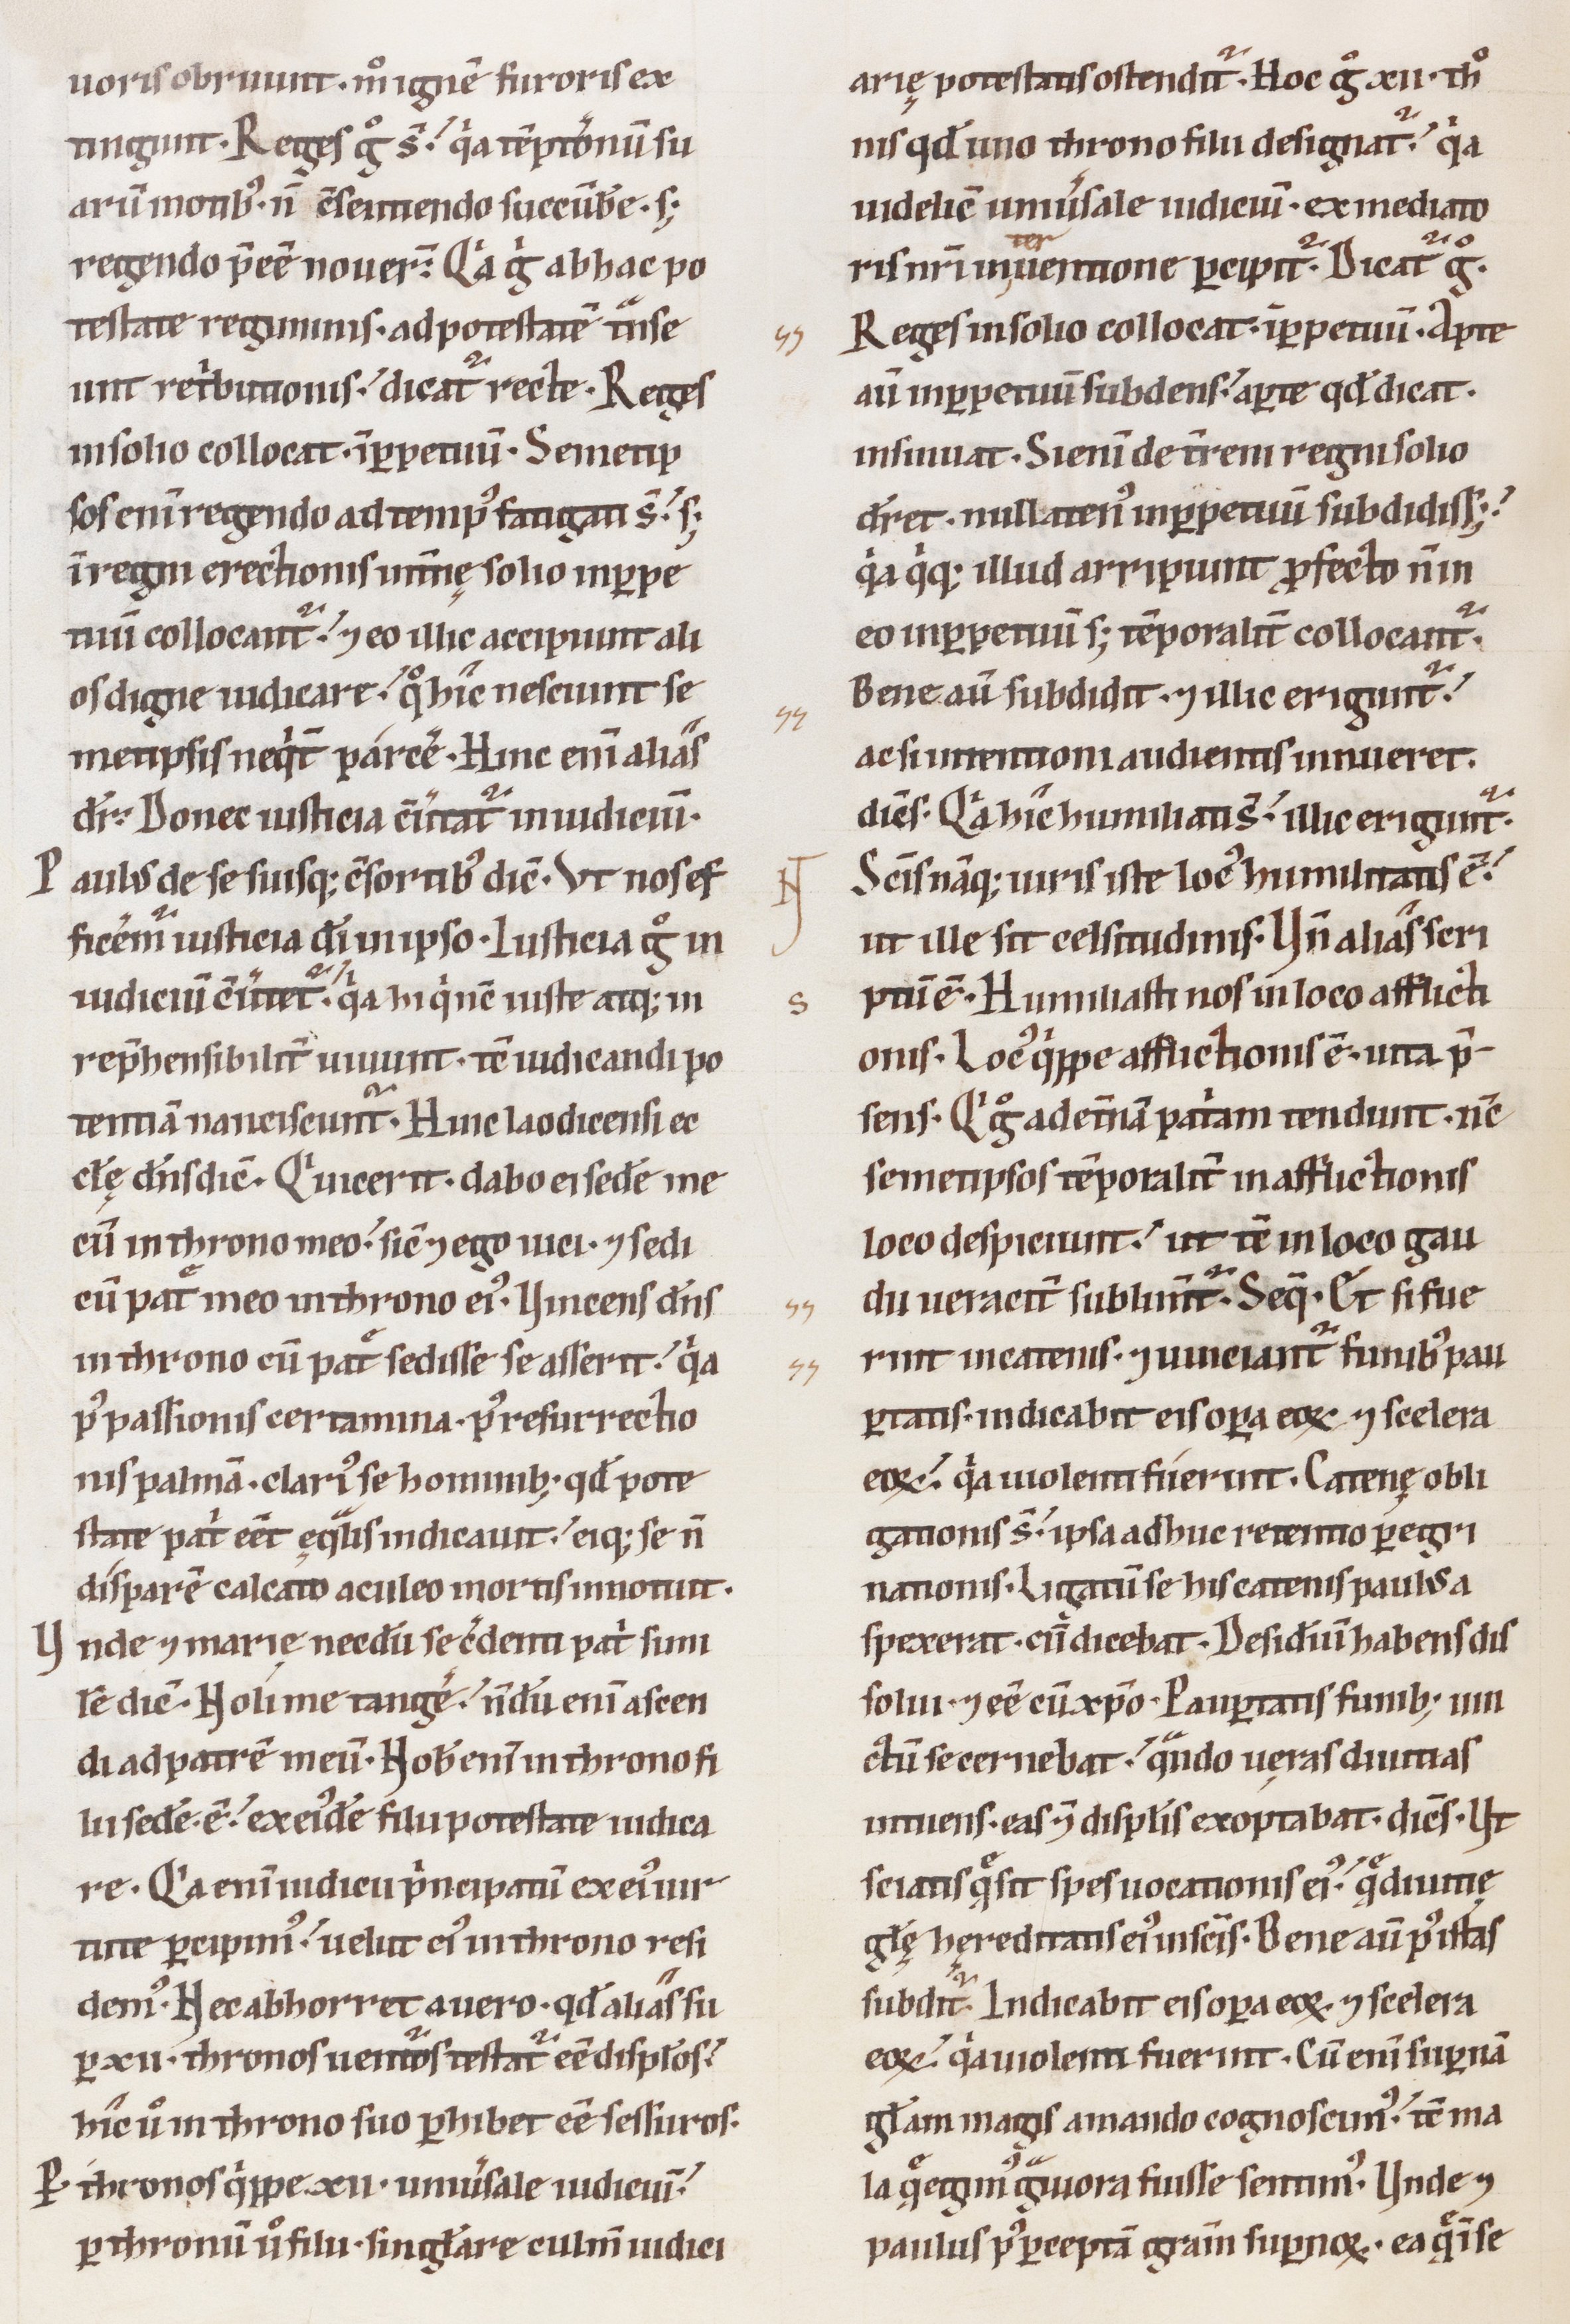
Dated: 1100–1199